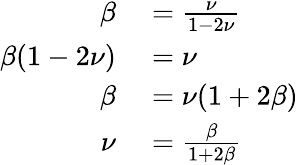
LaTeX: \begin{array}{rl}{\beta}&{{}=\frac{\nu}{1-2\nu}}\\ {\beta(1-2\nu)}&{{}=\nu}\\ {\beta}&{{}=\nu(1+2\beta)}\\ {\nu}&{{}=\frac{\beta}{1+2\beta}}\end{array}